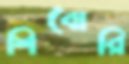
শিবোরি